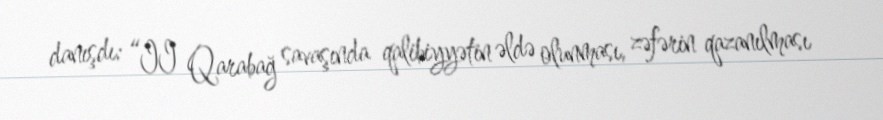
danışdı: “II Qarabağ savaşında qalibiyyətin əldə olunması, zəfərin qazanılması